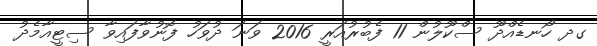
ގދ ހޯނޑެއްދޫ ސްކޫލުން 11 ފެބުރުއަރީ 2016 ވަނަ ދުވަހު ފޮނުވާފައިވާ ސިޓީއާމެދު